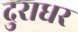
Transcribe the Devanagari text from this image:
दुराधर